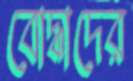
বোদ্ধাদের